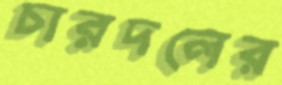
চারদলের